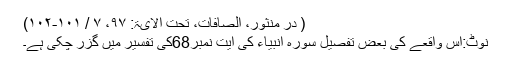
( در منثور، الصافات، تحت الآیۃ: ۹۷، ۷ / ۱۰۱-۱۰۲)
نوٹ:اس واقعے کی بعض تفصیل سورۂ اَنبیاء کی آیت نمبر68کی تفسیر میں گزر چکی ہے۔